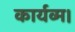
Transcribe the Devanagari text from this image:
कार्यव्म।